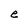
Character: e